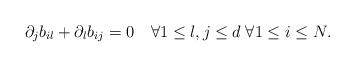
LaTeX: \begin{align*}\partial_{j}b_{il}+\partial_{l}b_{ij}=0\quad\forall1\le l,j\le d\;\forall1\le i\le N.\end{align*}